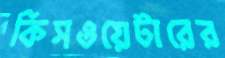
কিসওয়েটারের